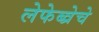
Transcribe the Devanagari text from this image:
लेफेब्व्रेचे